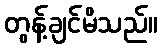
တွန့်ချင်မိသည်။